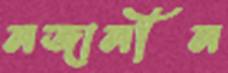
নজানীন